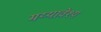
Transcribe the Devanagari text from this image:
मय्यावेश्य